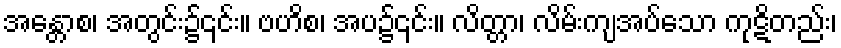
အန္တောစ၊ အတွင်း၌၎င်း။ ဗဟိစ၊ အပ၌၎င်း။ လိတ္တာ၊ လိမ်းကျ့အပ်သော ကုဋိတည်း၊